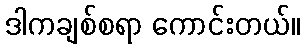
ဒါကချစ်စရာ ကောင်းတယ်။